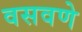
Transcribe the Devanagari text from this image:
वसवणे